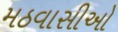
મઠવાસીઓ